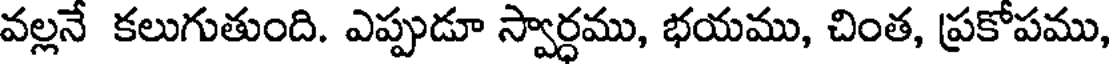
వల్లనే కలుగుతుంది. ఎప్పుడూ స్వార్ధము, భయము, చింత, ప్రకోపము,